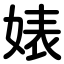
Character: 婊